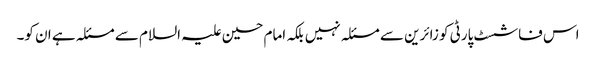
اس فاشسٹ پارٹی کو زائرین سے مسئلہ نہیں بلکہ امام حسین علیہ السلام سے مسئلہ ہے ان کو۔